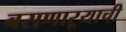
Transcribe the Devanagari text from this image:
बसणाऱ्याची